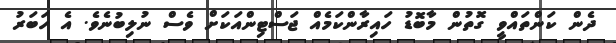
ދެން ކަންތައްވީ ގޮތުން މާބޮޑު ހައިރާންކަމެއް ޖަސްޓިންއަކަށް ވެސް ނުލިބުނެވެ. އެ ހަބަރު